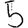
Digit: 5